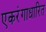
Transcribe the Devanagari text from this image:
एकरंगाधारित